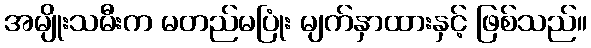
အမျိုးသမီးက မတည်မပြုံး မျက်နှာထားနှင့် ဖြစ်သည်။